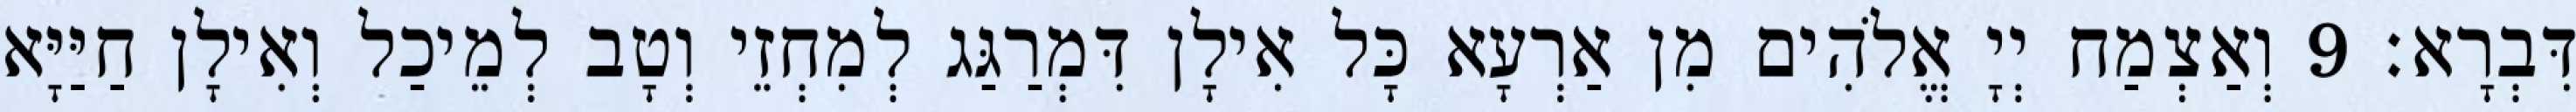
דִּבְרָא׃ 9 וְאַצְמַח יְיָ אֱלֹהִים מִן אַרְעָא כָּל אִילָן דִּמְרַגַּג לְמִחְזֵי וְטָב לְמֵיכַל וְאִילָן חַיַּיָּא